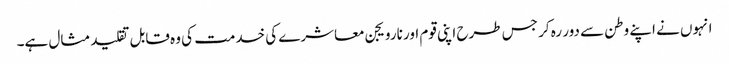
انہوں نے اپنے وطن سے دور رہ کر جس طرح اپنی قوم اور نارویجن معاشرے کی خدمت کی وہ قابل تقلید مثال ہے۔